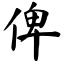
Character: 俾